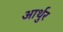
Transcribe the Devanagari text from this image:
आर्थुर